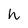
Character: n